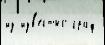
из изв'е́стно граф